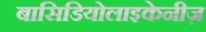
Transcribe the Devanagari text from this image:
बासिडियोलाइकेनीज़